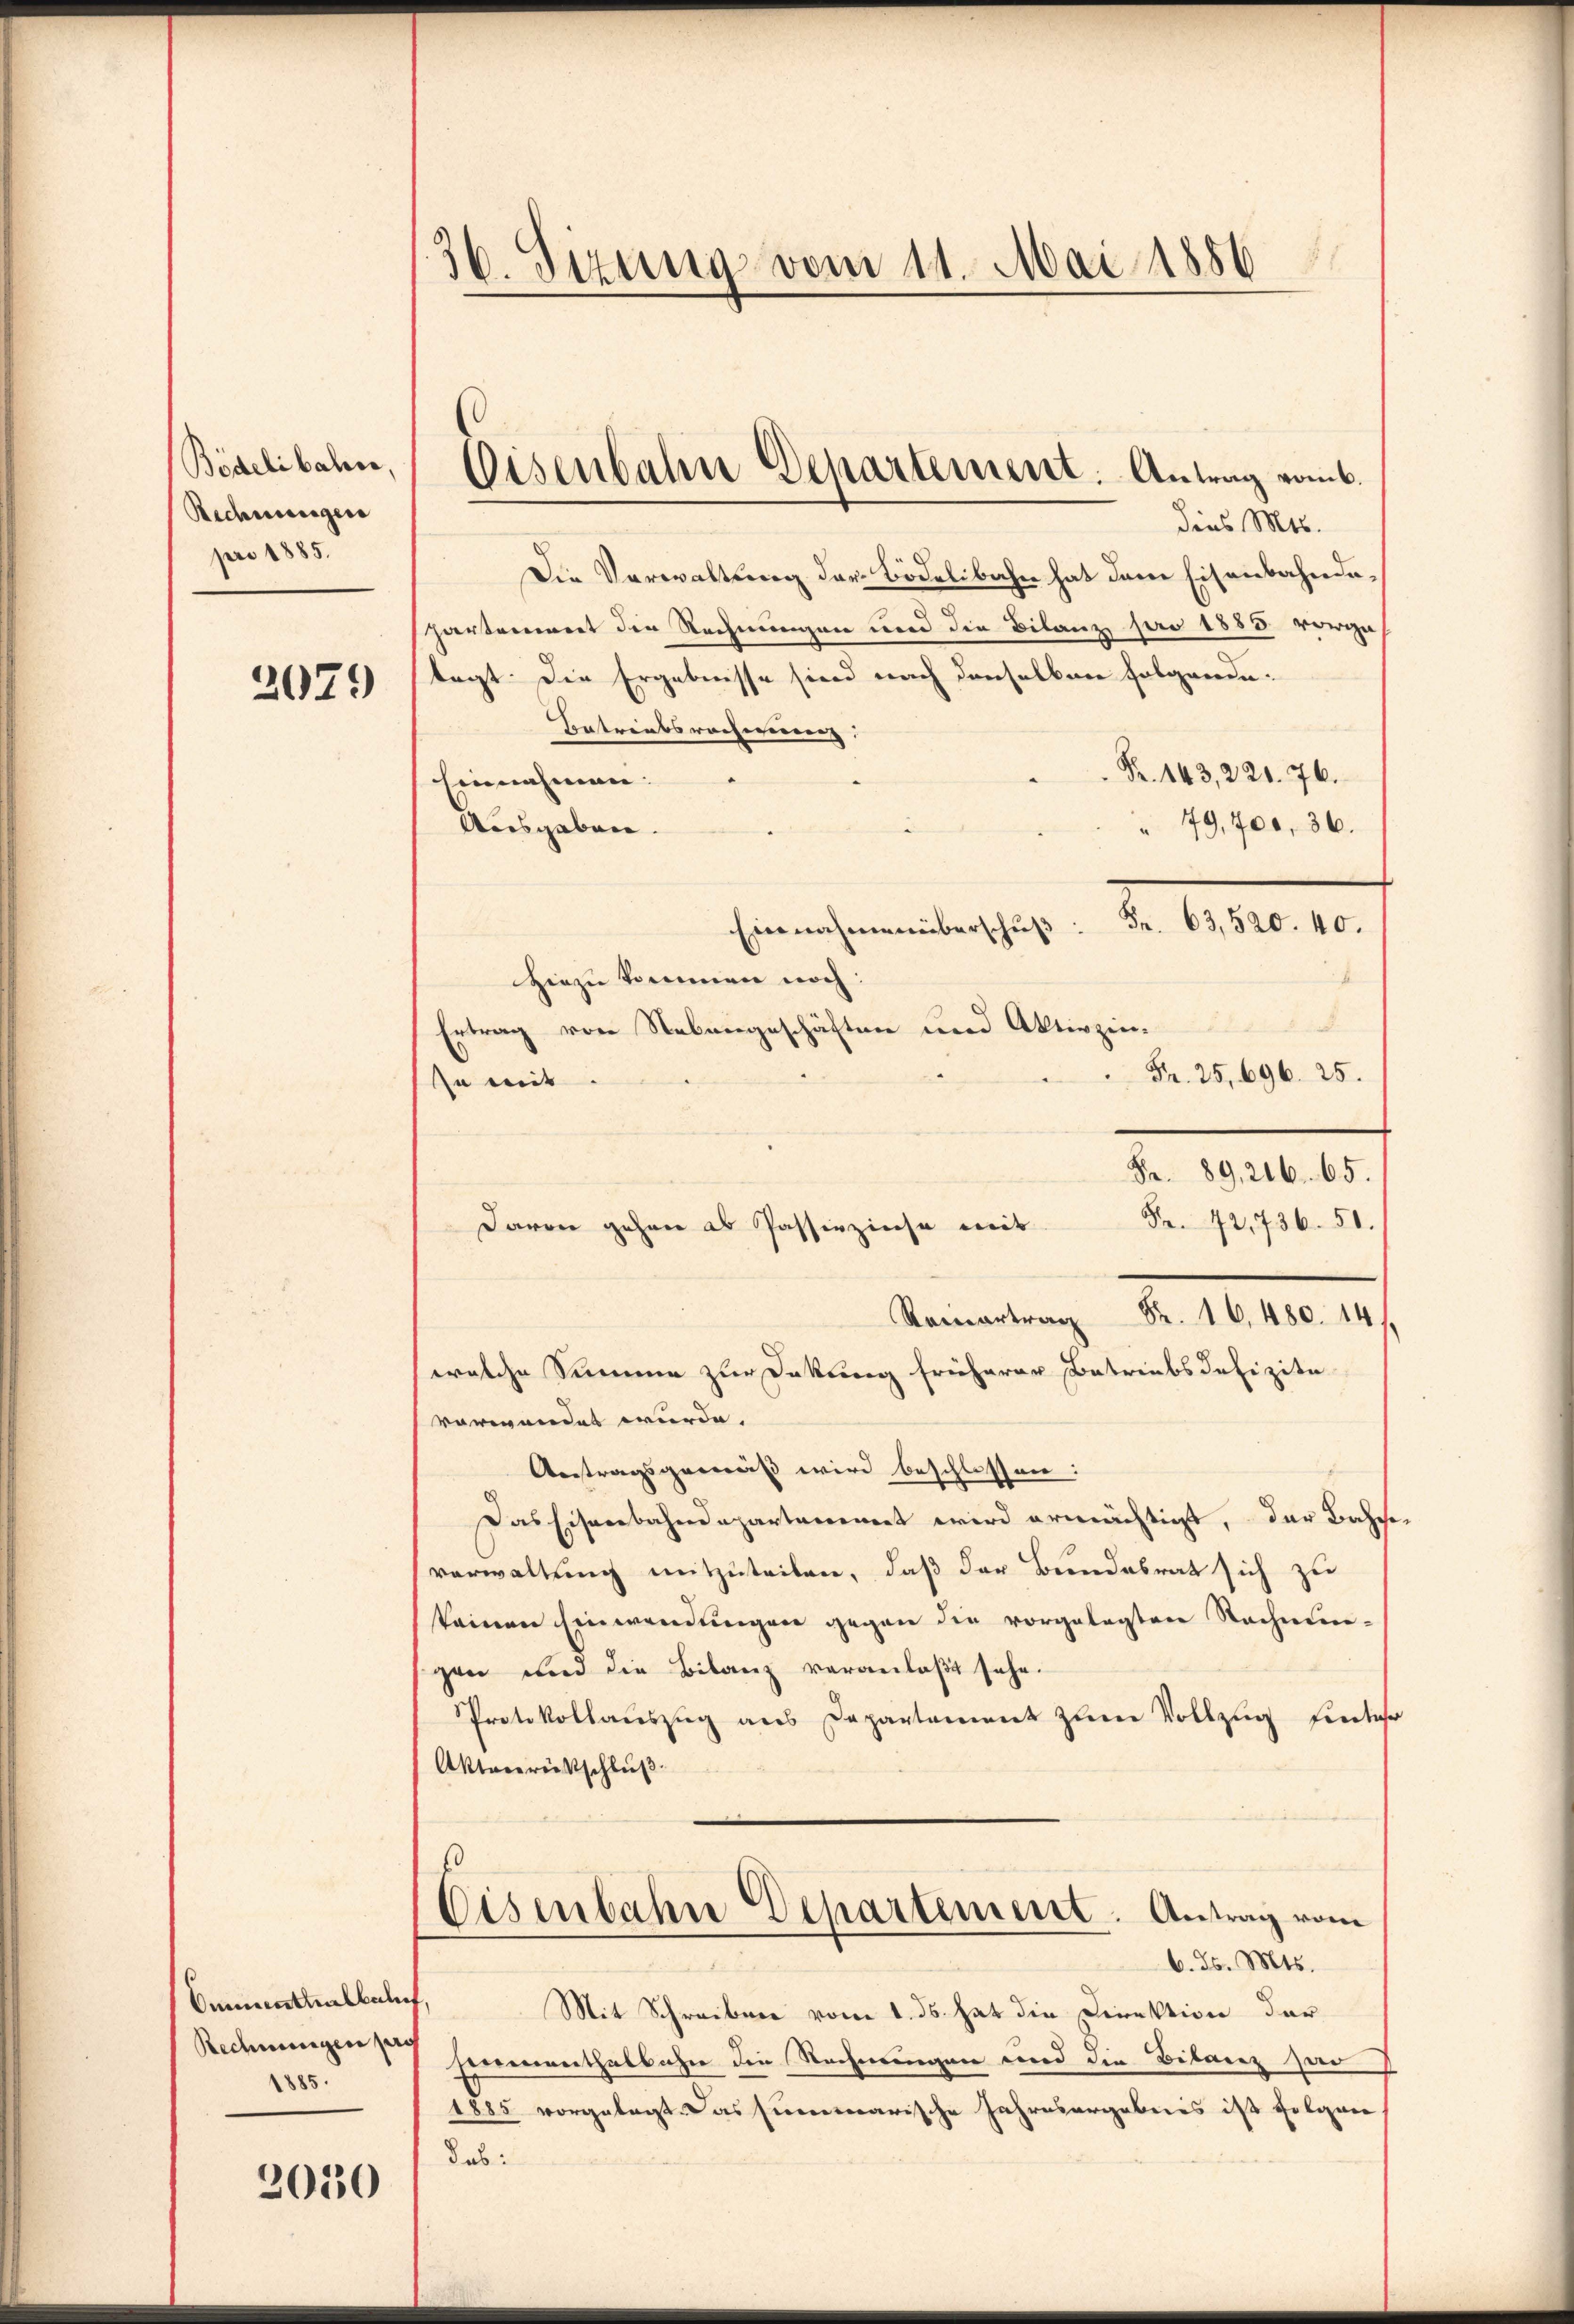
Bödelibahn,
Rechnungen
pro 1885.

2079

Cementhalbahns
Rechnungen sey
1885.

2010

36. Sizung vom 11. Mai 1856

Eisenbahn Departement. Antrag vom 6.

dies Mts.
Die Verwaltung der Bodelibahn hat den Eisenbahndahartement die Rechnungen und die Bilanz pro 1855 vorgetagt die Ergebnisse sind nach denselben folgende.
Betreibsrocherierenz.
Fr. 143, 221. 76.
Einnahmen:
79,700, 36.
Ausgaben.
Emanchementen hat. Fr. 1810. 10.
Hiezu kommen noch:
n
.
Ertrag von Nebengeschäften und Aktivzin¬
Fr. 25, 696. 25.
In mit
Fr. 89, 216. 65.
Fr. 42,736. 51.
davon gehen ab Passivzinse mit
Fr. 16,480. 14
Rainertrag
welche Summe zur Dokung früherer Betriebsdefizite
vorwandet wurde. |
Antragsgemäß wird beschlossen:
Das Eisenbahndepartament wird ermächtigt, der Bahne
verwaltung mitzuteilen, daß der Bundesrat sich zu
keinen Einwendungen gegen die vorgelegten Rechnun-
gen und die Bilanz veranlaßt sehe.
Protokollauszug aus Departement zum Vollzug findes
Aktenrückschluß.
s
Eisenbahn Departement. Antrag vom
6. d. Mts.
Fr
Mit Schreiben vom 1. ds. hat die Direktion der
Einenenthalbahn die Rechnungen und die Bitanz sar
1885 vorgelegt das summarische Jahresorgebnis ist folgen
das: